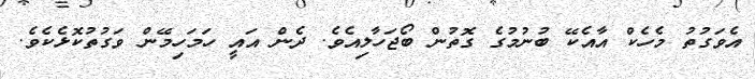
އެވަގުތު މެހެކް އާއެކޭ ބުނުމުގެ ގޮތުން ބޯޖަހާލިއެވެ. ދެން އައީ ހަމަހިމޭން ވަގުތުކޮޅެކެވެ.